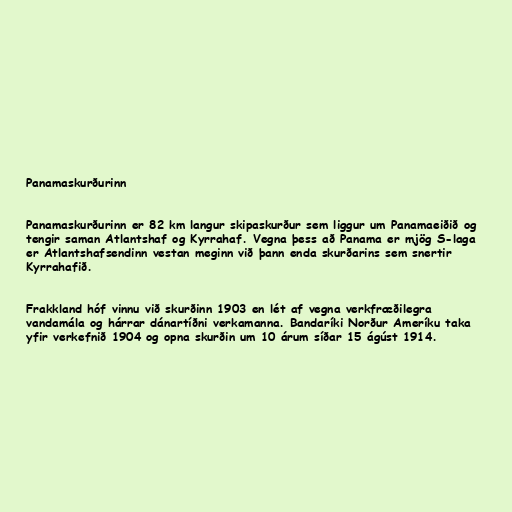
Panamaskurðurinn

Panamaskurðurinn er 82 km langur skipaskurður sem liggur um Panamaeiðið og
tengir saman Atlantshaf og Kyrrahaf. Vegna þess að Panama er mjög S-laga
er Atlantshafsendinn vestan meginn við þann enda skurðarins sem snertir
Kyrrahafið.

Frakkland hóf vinnu við skurðinn 1903 en lét af vegna verkfræðilegra
vandamála og hárrar dánartíðni verkamanna. Bandaríki Norður Ameríku taka
yfir verkefnið 1904 og opna skurðin um 10 árum síðar 15 ágúst 1914.